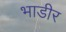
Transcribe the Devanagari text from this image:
भाडीर